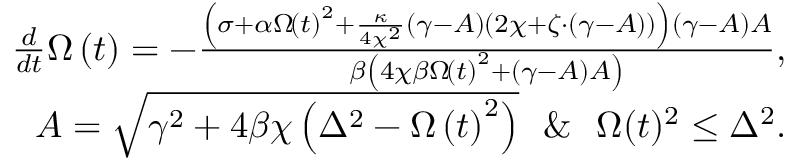
\begin{array} { r } { \frac { d } { d t } \Omega \left( t \right) = - \frac { \left( \sigma + \alpha \Omega \! \left( t \right) ^ { 2 } + \frac { \kappa } { 4 \chi ^ { 2 } } \left( \gamma - A \right) \left( 2 \chi + \zeta \cdot \left( \gamma - A \right) \right) \right) \left( \gamma - A \right) A } { \beta \left( 4 \chi \beta \Omega \! \left( t \right) ^ { 2 } + \left( \gamma - A \right) A \right) } , } \\ { A = \sqrt { \gamma ^ { 2 } + 4 \beta \chi \left( \Delta ^ { 2 } - \Omega \left( t \right) ^ { 2 } \right) } \ \ \& \ \ \Omega ( t ) ^ { 2 } \le \Delta ^ { 2 } . } \end{array}